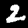
Digit: 2